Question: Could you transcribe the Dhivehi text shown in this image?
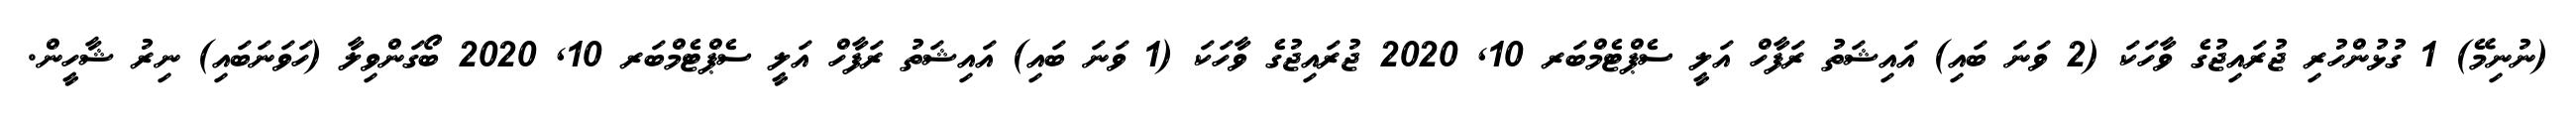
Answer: (ނުނިމޭ) 1 ގުޅުންހުރި ޖުރައިޖުގެ ވާހަކަ (2 ވަނަ ބައި) އައިޝަތު ރަފާހް އަލީ ސެޕްޓެމްބަރ 10, 2020 ޖުރައިޖުގެ ވާހަކަ (1 ވަނަ ބައި) އައިޝަތު ރަފާހް އަލީ ސެޕްޓެމްބަރ 10, 2020 ބޯގަންވިލާ (ހަވަނަބައި) ނިރު ޝާހީން.